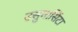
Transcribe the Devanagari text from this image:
उसुमासिंटा